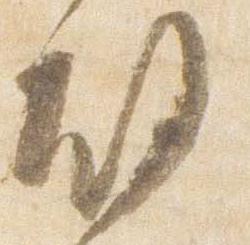
故